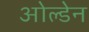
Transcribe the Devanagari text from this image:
ओल्डेन